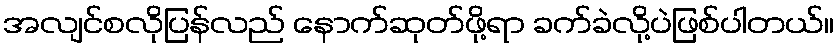
အလျင်စလိုပြန်လည် နောက်ဆုတ်ဖို့ရာ ခက်ခဲလို့ပဲဖြစ်ပါတယ်။